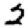
Digit: 2